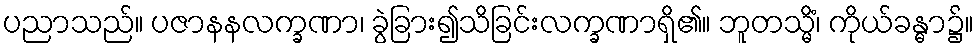
ပညာသည်။ ပဇာနနလက္ခဏာ၊ ခွဲခြား၍သိခြင်းလက္ခဏာရှိ၏။ ဘူတသ္မိံ၊ ကိုယ်ခန္ဓာ၌။